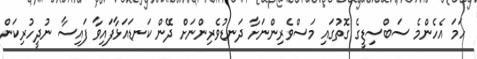
ހަމަ އެހެންމެ ސަބްސިޑީގެ ގޮތުގައި މަސްވެރިންނަށާ ދަނޑުވެރިންނަށް ދޭން ކަނޑައަޅާފައިވާ ފައިސާ ނުދީހުރިކަން